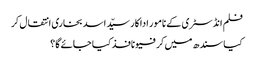
فلم انڈسٹری کے نامور اداکار سیّد اسد بخاری انتقال کر
کیا سندھ میں کرفیو نافذ کیا جائے گا؟